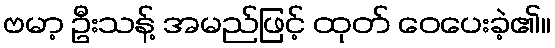
ဗမာ့ ဦးသန့် အမည်ဖြင့် ထုတ် ဝေပေးခဲ့၏။